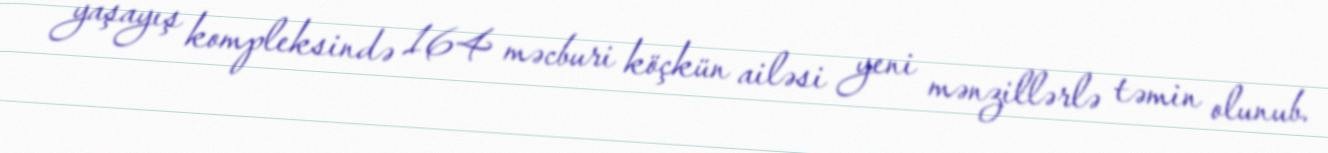
yaşayış kompleksində 164 məcburi köçkün ailəsi yeni mənzillərlə təmin olunub.